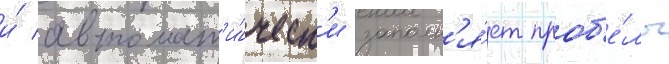
и́ автомат'и́ческ'и заполн'я́ет проб'е́лы